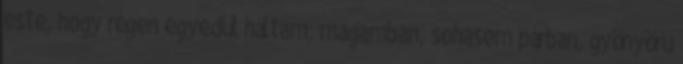
este, hogy régen egyedül háltam, magamban, sohasem párban, gyönyörű